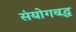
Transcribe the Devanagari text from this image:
संयोगबद्ध